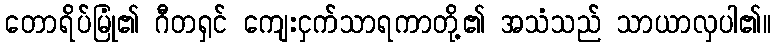
တောရိပ်မြုံ၏ ဂီတရှင် ကျေးငှက်သာရကာတို့၏ အသံသည် သာယာလှပါ၏။